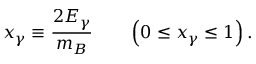
x _ { \gamma } \equiv \frac { 2 E _ { \gamma } } { m _ { B } } \qquad \left( 0 \leq x _ { \gamma } \leq 1 \right) .